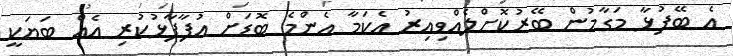
އެ ބޭފުޅާ މަގާމުން ބޭރުކޮށްލެއްވިއިރު އެކަމާ އެންމެ ބޮޑަށް އުފާފާޅުކުރި އެއް ބަޔަކީ